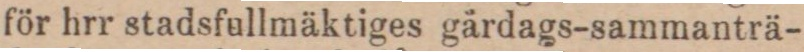
för hrr stadsfullmäktiges gårdags-sammanträ-